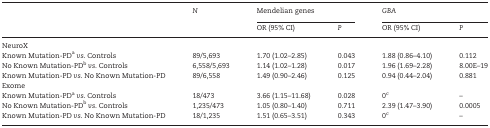
<table><thead><tr><td rowspan="2"></td><td rowspan="2"><b><i>N</i></b></td><td colspan="2"><b>Mendelian genes</b></td><td colspan="2"><b><i>GBA</i></b></td></tr><tr><td><b>OR (95% CI)</b></td><td><b><i>P</i></b></td><td><b>OR (95% CI)</b></td><td><b><i>P</i></b></td></tr></thead><tbody><tr><td colspan="6">NeuroX</td></tr><tr><td>Known Mutation-PD<sup>a</sup><i>vs</i>. Controls</td><td>89/5,693</td><td>1.70 (1.02–2.85)</td><td>0.043</td><td>1.88 (0.86–4.10)</td><td>0.112</td></tr><tr><td>No Known Mutation-PD<sup>b</sup><i>vs</i>. Controls</td><td>6,558/5,693</td><td>1.14 (1.02–1.28)</td><td>0.017</td><td>1.96 (1.69–2.28)</td><td>8.00E–19</td></tr><tr><td>Known Mutation-PD <i>vs</i>. No Known Mutation-PD</td><td>89/6,558</td><td>1.49 (0.90–2.46)</td><td>0.125</td><td>0.94 (0.44–2.04)</td><td>0.881</td></tr><tr><td colspan="6">Exome</td></tr><tr><td>Known Mutation-PD<sup>a</sup><i>vs</i>. Controls</td><td>18/473</td><td>3.66 (1.15–11.68)</td><td>0.028</td><td>0<sup>c</sup></td><td>–</td></tr><tr><td>No Known Mutation-PD<sup>b</sup><i>vs</i>. Controls</td><td>1,235/473</td><td>1.05 (0.80–1.40)</td><td>0.711</td><td>2.39 (1.47–3.90)</td><td>0.0005</td></tr><tr><td>Known Mutation-PD <i>vs</i>. No Known Mutation-PD</td><td>18/1,235</td><td>1.51 (0.65–3.51)</td><td>0.343</td><td>0<sup>c</sup></td><td>–</td></tr></tbody></table>